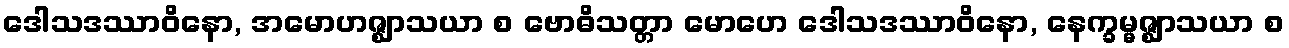
ဒေါသဒဿာဝိနော, အမောဟဇ္ဈာသယာ စ ဗောဓိသတ္တာ မောဟေ ဒေါသဒဿာဝိနော, နေက္ခမ္မဇ္ဈာသယာ စ